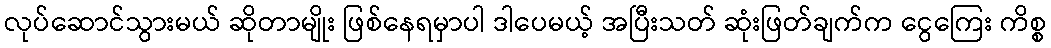
လုပ်ဆောင်သွားမယ် ဆိုတာမျိုး ဖြစ်နေရမှာပါ ဒါပေမယ့် အပြီးသတ် ဆုံးဖြတ်ချက်က ငွေကြေး ကိစ္စ